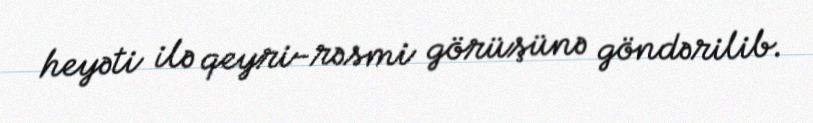
heyəti ilə qeyri-rəsmi görüşünə göndərilib.